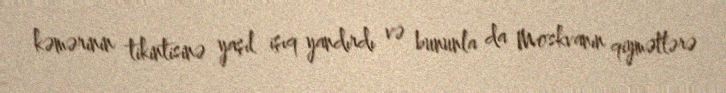
kəmərinin tikintisinə yaşıl işıq yandırdı və bununla da Moskvanın qiymətlərə